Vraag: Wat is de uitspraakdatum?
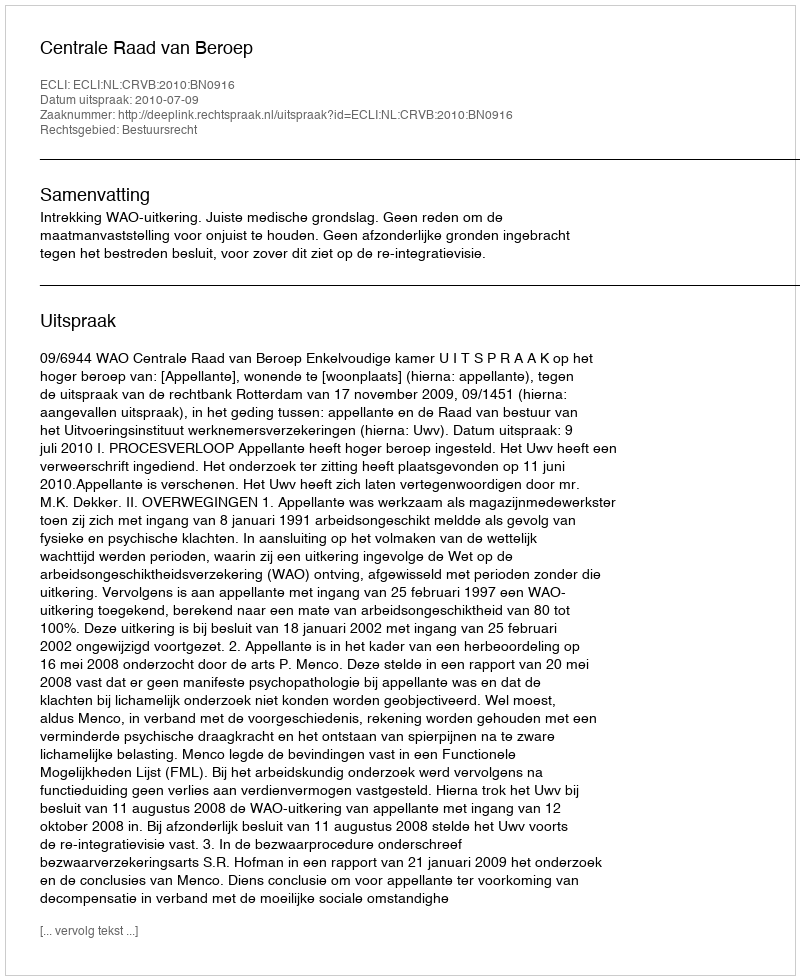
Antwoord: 2010-07-09